Subject: physics
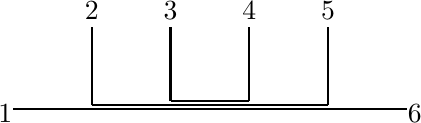
LaTeX code:
\begin{tikzpicture}[baseline={(0, +0.3cm)}]
\draw[thick] (-2.5,-0.05) -- (2.5,-0.05);
\draw[thick] (-1.5,0) -- (1.5,0);
\draw[thick] (1.5,0) -- (1.5,1);
\draw[thick] (-1.5,0) -- (-1.5,1);
\draw[thick] (.5,0.05) -- (0.5,1);
\draw[thick] (-.5,0.05) -- (-.5,1);
\draw[thick] (-.5,0.05) -- (.5,0.05);
\node at (-2.6,-0.1) {$1$};
\node at (-1.5,1.2) {$2$};
\node at (-.5,1.2) {$3$};
\node at (.5,1.2) {$4$};
\node at (1.5,1.2) {$5$};
\node at (2.6,-0.1) {$6$};
\end{tikzpicture}